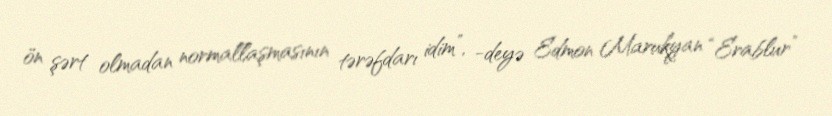
ön şərt olmadan normallaşmasının tərəfdarı idim”, -deyə Edmon Marukyan “Erablur”